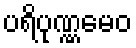
ပရိပုဏ္ဏမေဝ